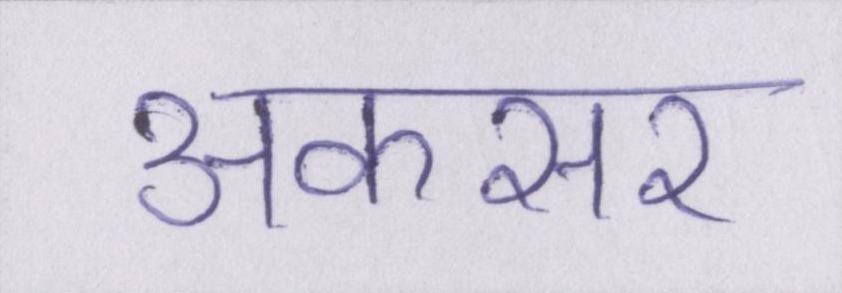
अकसर